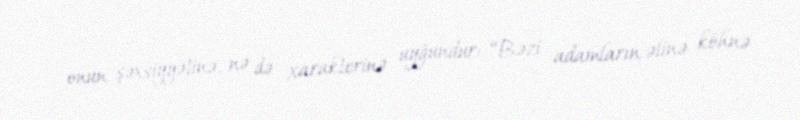
onun şəxsiyyətinə, nə də xarakterinə uyğundur: “Bəzi adamların əlinə köhnə